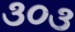
૩૦૩